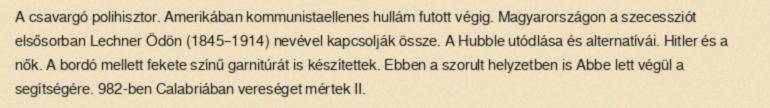
A csavargó polihisztor. Amerikában kommunistaellenes hullám futott végig. Magyarországon a szecessziót elsősorban Lechner Ödön (1845–1914) nevével kapcsolják össze. A Hubble utódlása és alternatívái. Hitler és a nők. A bordó mellett fekete színű garnitúrát is készítettek. Ebben a szorult helyzetben is Abbe lett végül a segítségére. 982-ben Calabriában vereséget mértek II.